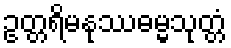
ဥတ္တရိမနုဿဓမ္မသုတ္တံ